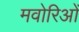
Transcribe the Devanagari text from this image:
मवोरिओं